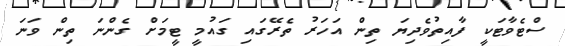
ސްޓެވާޓަކީ ފާއިތުވެދިޔަ ތިން އަހަރު ތެރޭގައި ގައުމީ ޓީމަށް ގެންނަ ތިން ވަނަ